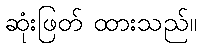
ဆုံးဖြတ် ထားသည်။